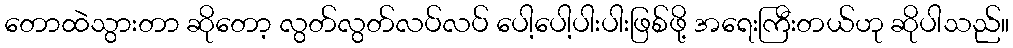
တောထဲသွားတာ ဆိုတော့ လွတ်လွတ်လပ်လပ် ပေါ့ပေါ့ပါးပါးဖြစ်ဖို့ အရေးကြီးတယ်ဟု ဆိုပါသည်။